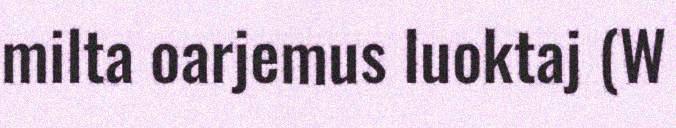
milta oarjemus luoktaj (W